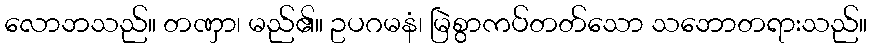
လောဘသည်။ တဏှာ၊ မည်၏။ ဥပဂမနံ၊ မြဲစွာကပ်တတ်သော သဘောတရားသည်။